Lunatic asylums Punjab 1881-1894 - 1881-1894
Year: 1881
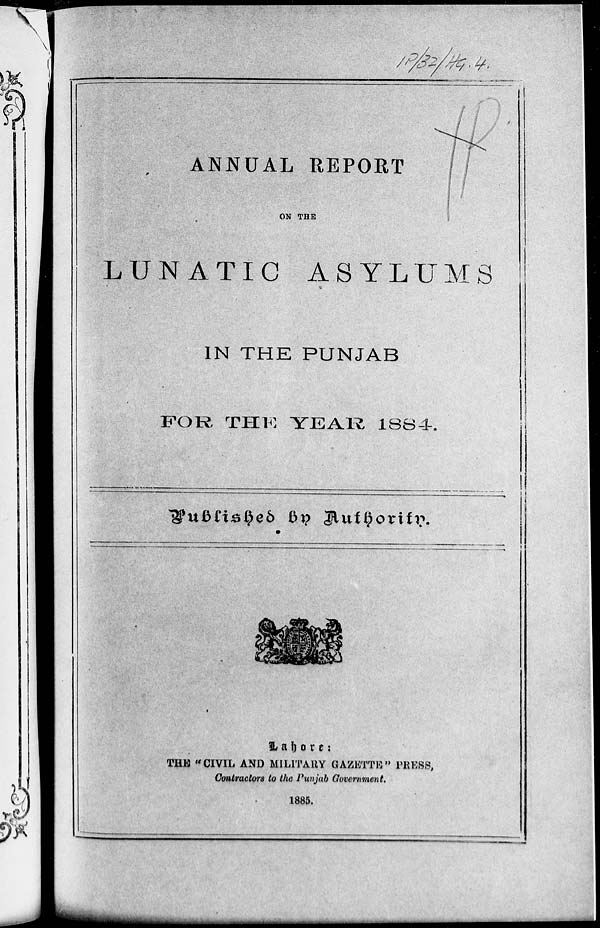
ANNUAL REPORT
ON THE
LUNATIC ASYLUMS
IN THE PUNJAB
FOR THE YEAR 1884.
Published by Authority
Lahore:
THE "CIVIL AND MILITARY GAZETTE" PRESS,
Contractors to the Punjab Government.
1885.